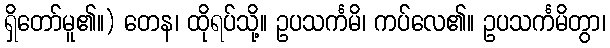
ရှိတော်မူ၏။) တေန၊ ထိုရပ်သို့။ ဥပသင်္ကမိ၊ ကပ်လေ၏။ ဥပသင်္ကမိတွာ၊